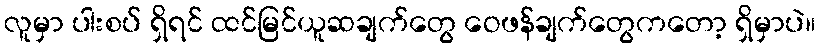
လူမှာ ပါးစပ် ရှိရင် ထင်မြင်ယူဆချက်တွေ ဝေဖန်ချက်တွေကတော့ ရှိမှာပဲ။